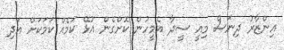
އިންޒާރު ދިނަސް މިއީ ސީދާ އެމީހުން ކޮށްގެން އުޅޭ ކަމެއް ކަމަކަށް އަދި